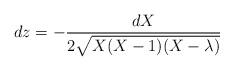
LaTeX: \begin{align*}dz = -\frac{dX}{2\sqrt{X(X-1)(X-\lambda)}}\end{align*}